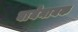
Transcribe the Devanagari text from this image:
वायेनायक